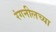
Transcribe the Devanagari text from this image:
रंगनीलच्या